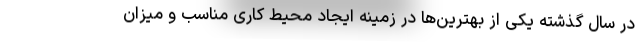
در سال گذشته یکی از بهترین‌ها در زمینه ایجاد محیط کاری مناسب و میزان